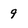
Character: 9